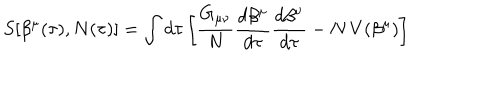
S [ \beta ^ { \mu } ( \tau ) , N ( \tau ) ] = \int d \tau \left[ \frac { G _ { \mu \nu } } { N } \frac { d \beta ^ { \mu } } { d \tau } \frac { d \beta ^ { \nu } } { d \tau } - N \, V ( \beta ^ { \mu } ) \right]